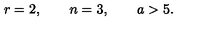
r = 2 , \qquad n = 3 , \qquad a > 5 .